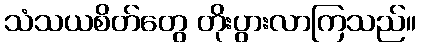
သံသယစိတ်တွေ တိုးပွားလာကြသည်။